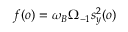
f ( o ) = \omega _ { B } \Omega _ { - 1 } s _ { y } ^ { 2 } ( o )